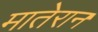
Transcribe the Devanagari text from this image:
मातेरान